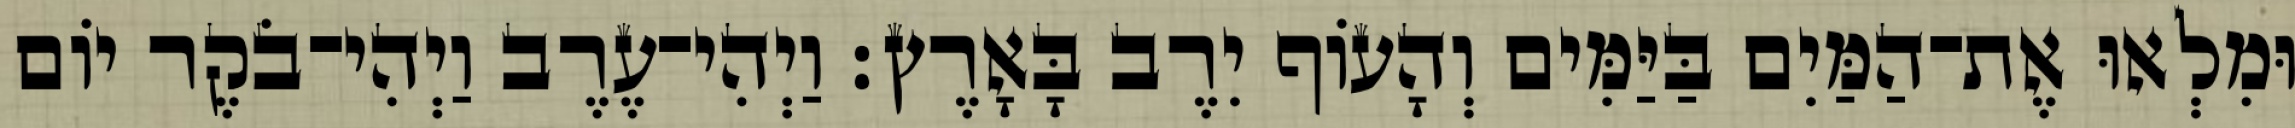
וּמִלְאוּ אֶת־הַמַּיִם בַּיַּמִּים וְהָעֹוף יִרֶב בָּאָרֶץ׃ וַיְהִי־עֶרֶב וַיְהִי־בֹקֶר יֹום